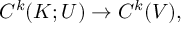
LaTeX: C ^ { k } ( K ; U ) \to C ^ { k } ( V ) ,